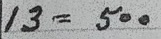
13 = 500